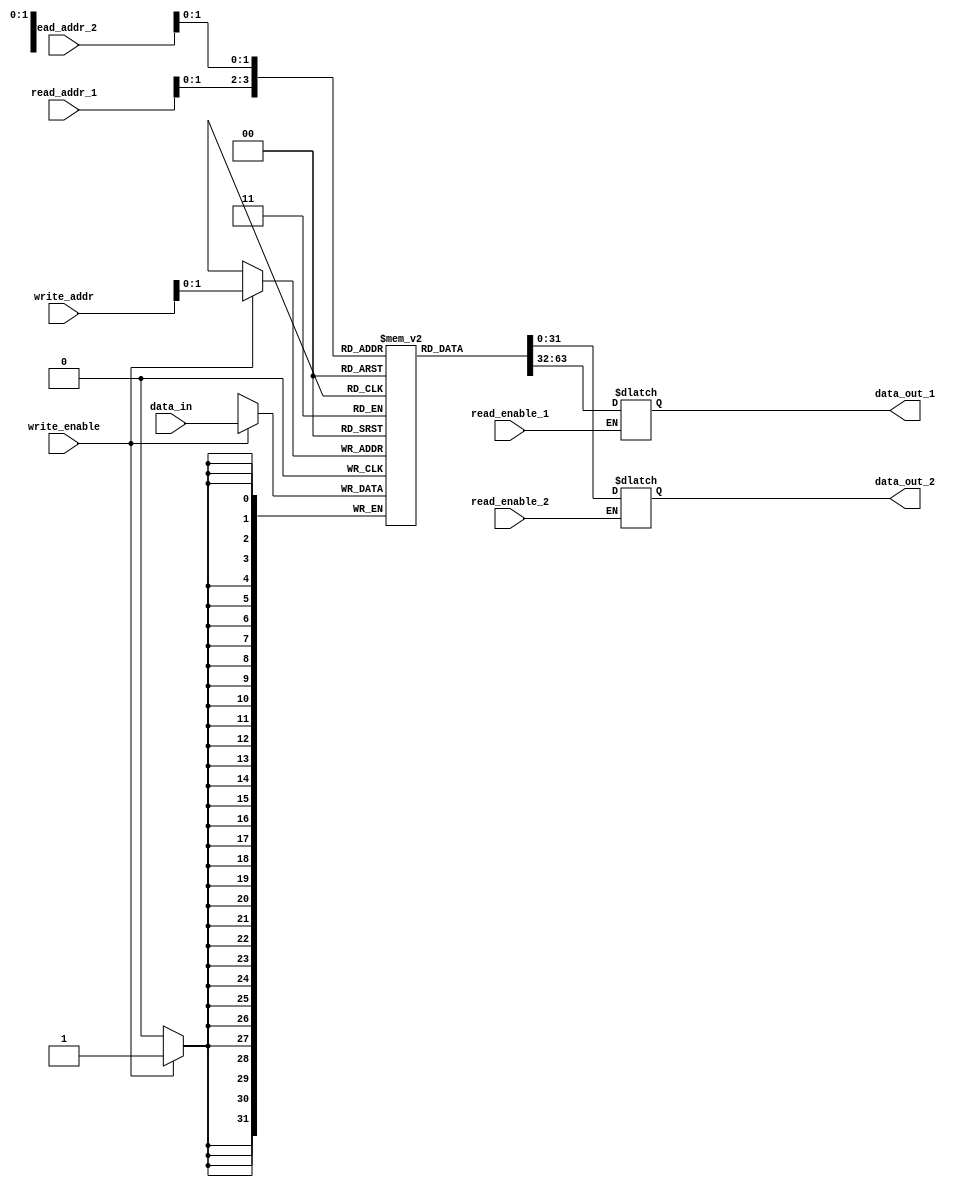
module register_file (
    input [31:0] read_addr_1,
    input [31:0] read_addr_2,
    input [31:0] write_addr,
    input [31:0] data_in,
    input write_enable,
    input read_enable_1,
    input read_enable_2,
    output reg [31:0] data_out_1,
    output reg [31:0] data_out_2
);

reg [31:0] memory [2:0];

always @ (posedge clk) begin
    if (write_enable)
        memory[write_addr] <= data_in;
end

always @ (read_addr_1 or read_enable_1) begin
    if (read_enable_1)
        data_out_1 <= memory[read_addr_1];
end

always @ (read_addr_2 or read_enable_2) begin
    if (read_enable_2)
        data_out_2 <= memory[read_addr_2];
end

endmodule